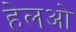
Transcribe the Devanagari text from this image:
हेलओ